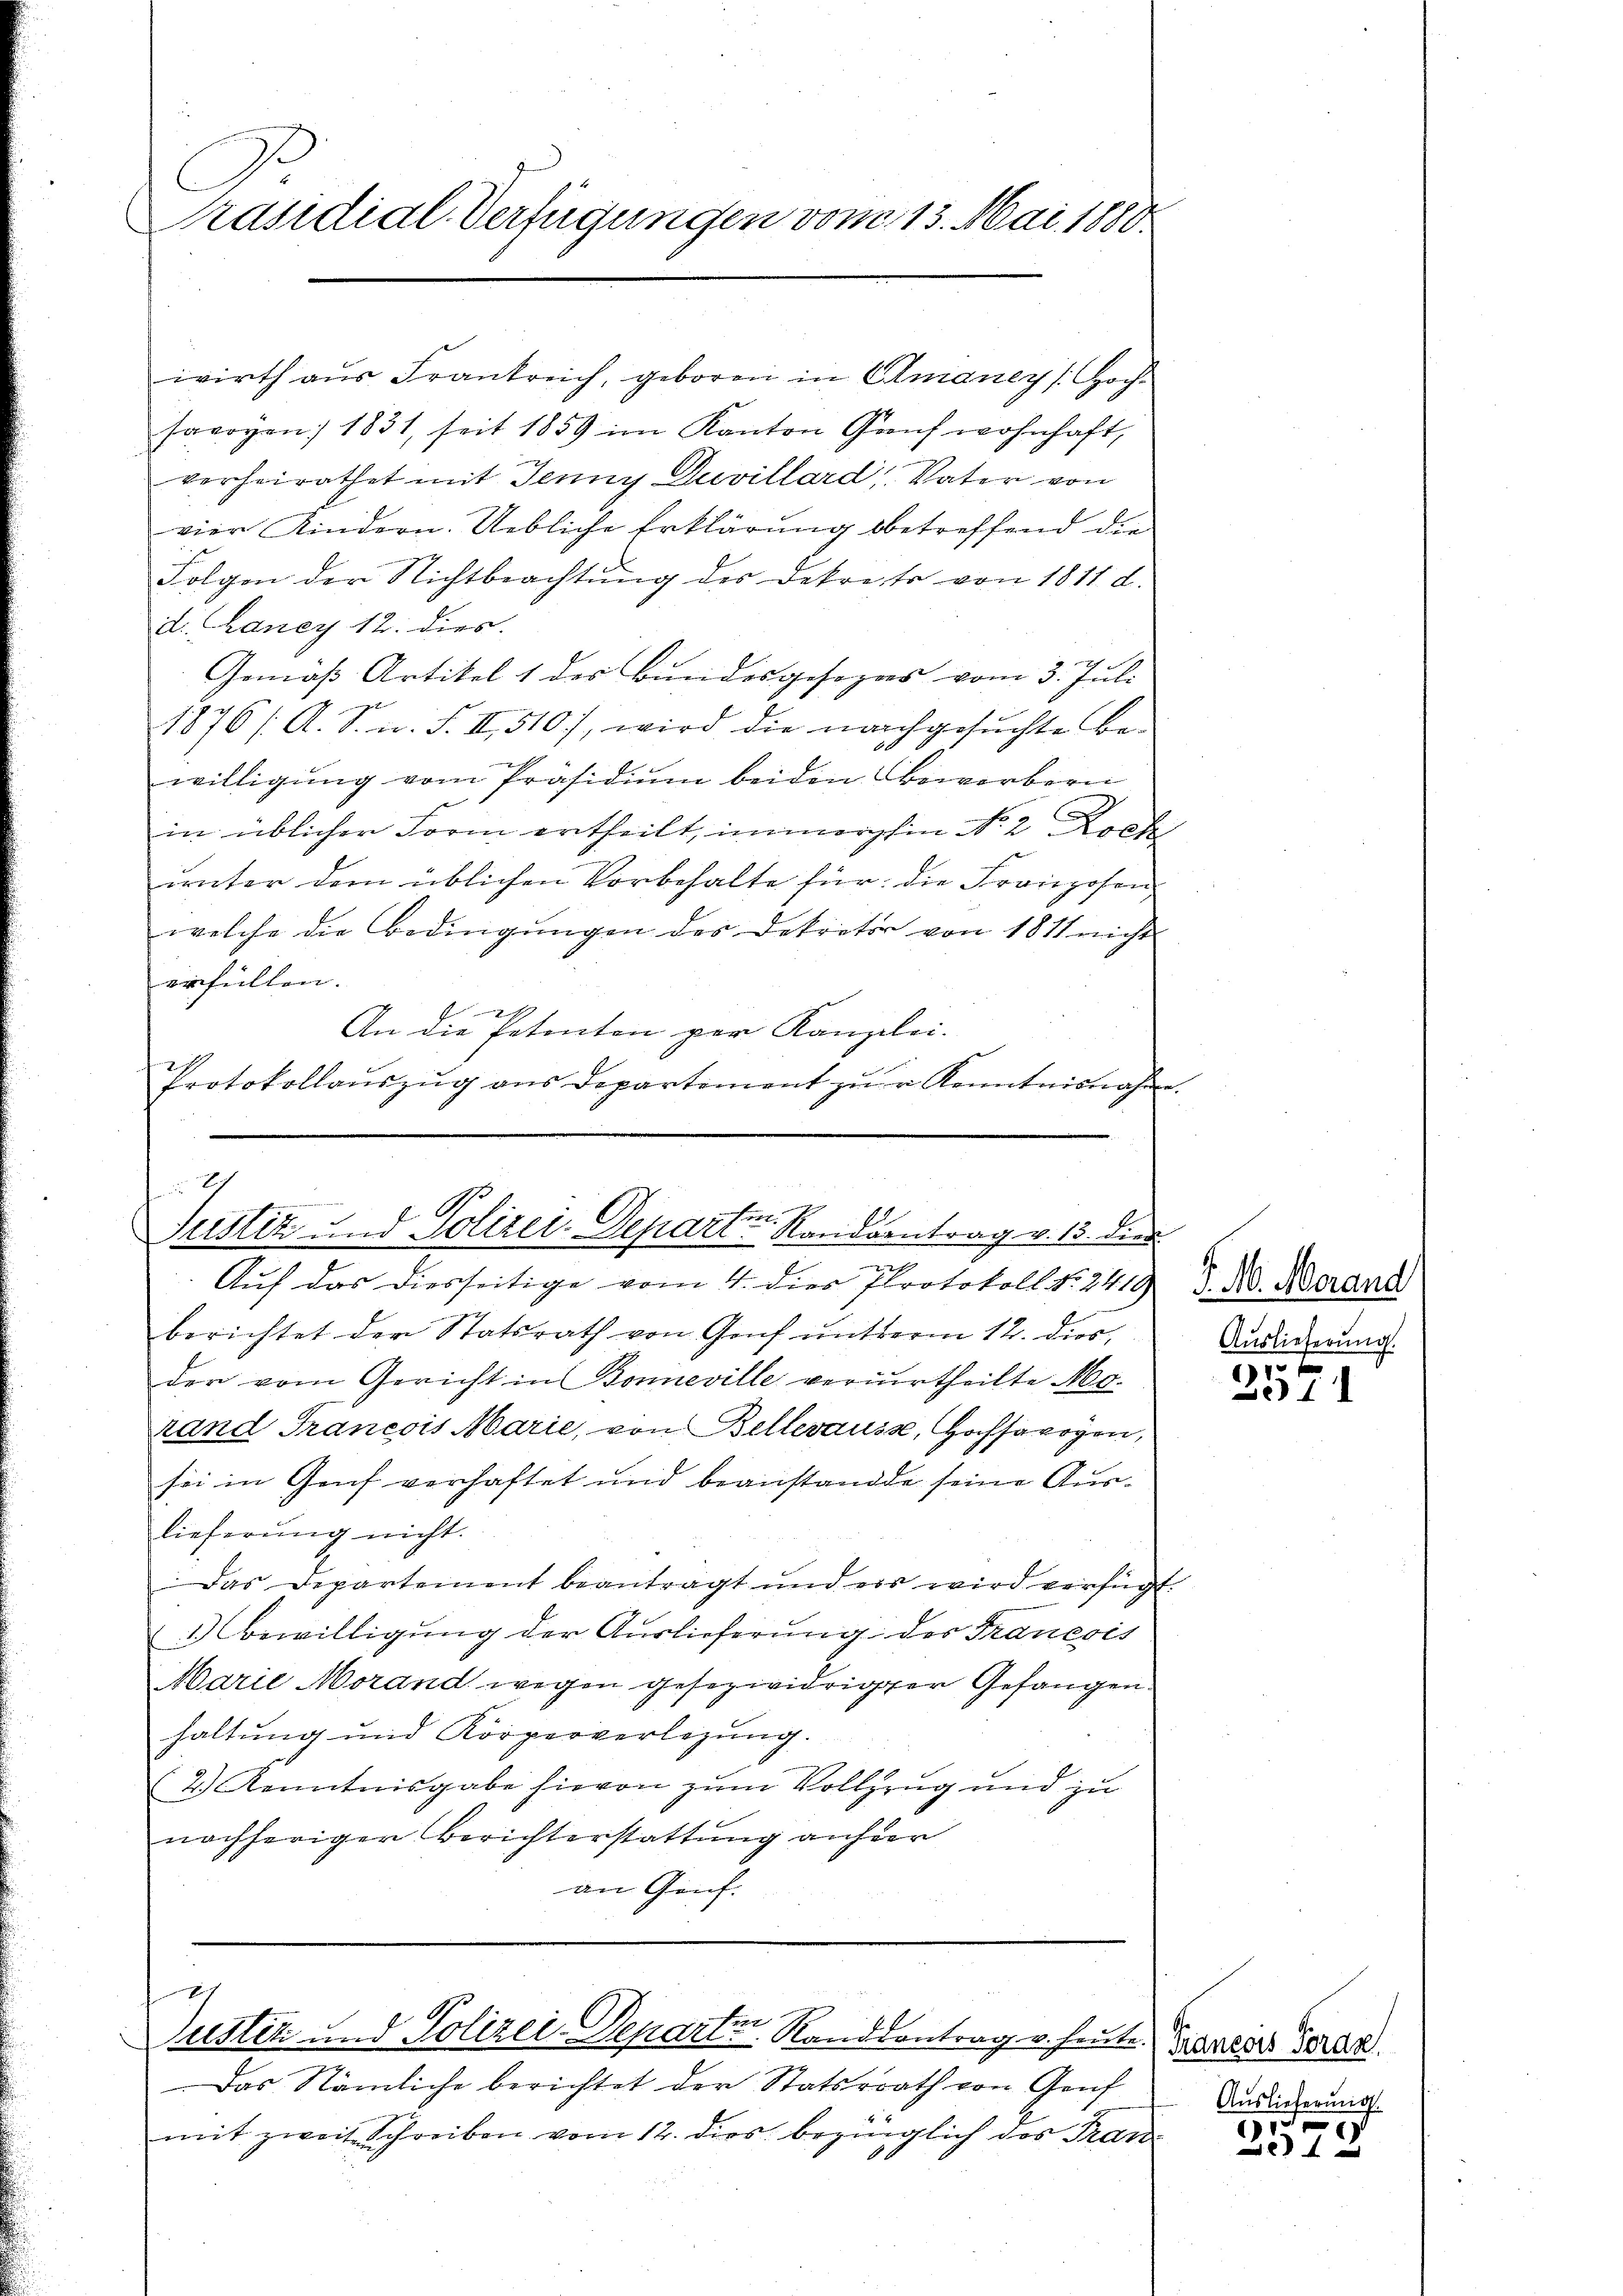
Präsidial-Verfügungen vom 13. Mai 1880.

wirth aus Frankreich, geboren in Amaney Hochsavoyen 1831, seit 1859 im Kanton Genf wohnhaft,
verheirathet mit Jenny Duvillard, Vater von
vier Kindern. Uebliche Erklärung betreffend die
Folgen der Nichtbeachtŭng des Dekreto von 1811 d.
d. Lancy 12. dies
Gemäß Artikel 1 des Bundesgesezes vom 3. Juli
1876/ A. S. n. F. II 510), wird die nachgesŭchte Be-
willigŭng vom Präsidiŭm beiden Bewerbern
in üblicher Form ertheilt, immerhin No 2 Rock
unter dem üblichen Vorbehalte für die Franzosen,
welche die Bedingŭngen des Dekretär von 1811 nicht
erfüllen. |
e
An die Petenten per Kanzlei-
Protokollaŭszŭg ans Departement zŭr Kenntnisnahme

2
Justiz und Polizei-Departen Randsantrag v. 13. Dien

e
Auf das diesseitige vom 4. dies Protokoll No. 2410
berichtet der Statsrath von Genf unterm 12. dies
der vom Gericht in Bonneville verurtheilte Mo-
rand Francois Marie, von Bellerauss, Hochsarogen,
sei in Genf verhaftet und beanstande seine Aus
lieferung nicht.
Das Departement beanträgt und es wird verfügt.
1.) Bewilligung der Auslieferung des Francois
Marie Morand wegen gesezwidriger Gefangen.
haltung und Körperverlegŭng.
2.) Kenntnisgabe hievon zum Vollzug und zu
nachheriger Berichterstattung anher
an Gruf.

h
Justik und Polizei-Departen Randdontrag v. heute. Daniers Gerad

Das Nämliche berichtet der Statsrath von Genf
mit zweit Schreiben vom 12. dies bezinglich des Tran

F. M. Merand
Auslieferung.
10 x

) 11

Auslieferung

1.
372